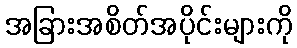
အခြားအစိတ်အပိုင်းများကို